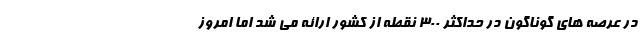
در عرصه های گوناگون در حداکثر ۳۰۰ نقطه از کشور ارائه می شد اما امروز